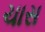
ચાસ